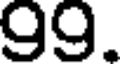
99.